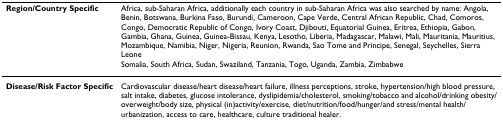
<table><thead><tr><td><b>Region/Country Specific</b></td><td><b>Africa, sub-Saharan Africa, additionally each country in sub-Saharan Africa was also searched by name: Angola, Benin, Botswana, Burkina Faso, Burundi, Cameroon, Cape Verde, Central African Republic, Chad, Comoros, Congo, Democratic Republic of Congo, Ivory Coast, Djibouti, Equatorial Guinea, Eritrea, Ethiopia, Gabon, Gambia, Ghana, Guinea, Guinea-Bissau, Kenya, Lesotho, Liberia, Madagascar, Malawi, Mali, Mauritania, Mauritius, Mozambique, Namibia, Niger, Nigeria, Reunion, Rwanda, Sao Tome and Principe, Senegal, Seychelles, Sierra LeoneSomalia, South Africa, Sudan, Swaziland, Tanzania, Togo, Uganda, Zambia, Zimbabwe</b></td></tr></thead><tbody><tr><td><b>Disease/Risk Factor Specific</b></td><td>Cardiovascular disease/heart disease/heart failure, illness perceptions, stroke, hypertension/high blood pressure, salt intake, diabetes, glucose intolerance, dyslipidemia/cholesterol, smoking/tobacco and alcohol/drinking obesity/overweight/body size, physical (in)activity/exercise, diet/nutrition/food/hunger/and stress/mental health/urbanization, access to care, healthcare, culture traditional healer.</td></tr></tbody></table>